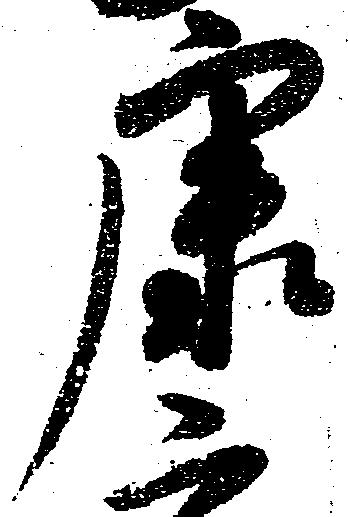
康